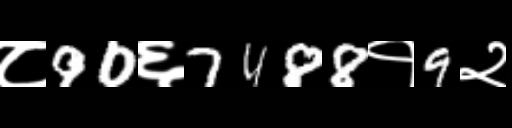
Text: ८90६7488१9२